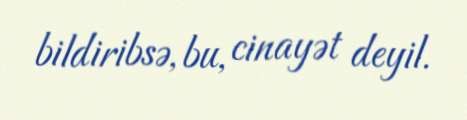
bildiribsə, bu, cinayət deyil.